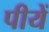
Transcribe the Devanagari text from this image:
पीयें